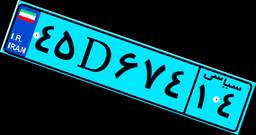
۸۸D۲۶۴۴۳